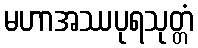
မဟာအဿပုရသုတ္တံ